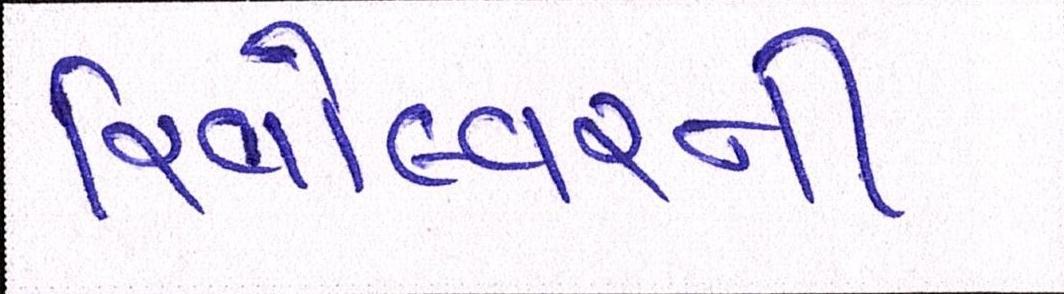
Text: રિવોલ્વરની